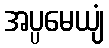
အပ္ပမေယျံ